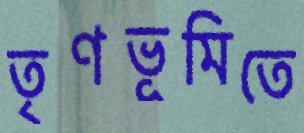
তৃণভূমিতে